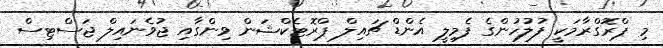
މި ޕްރޮގްރާމަކީ ފުލުހުންގެ ފެމިލީ އެންޑް ޗައިލް ޕްރޮޓެކްޝަން ވިންގާއި ޖުވެނައިލް ޖަސްޓިސް